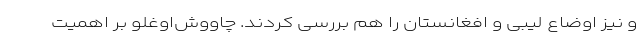
و نیز اوضاع لیبی و افغانستان را هم بررسی کردند. چاووش‌اوغلو بر اهمیت